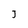
Character: J